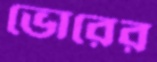
ভোরের